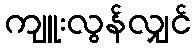
ကျူးလွန်လျှင်